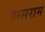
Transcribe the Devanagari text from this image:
हस्सराम